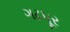
ગઢપૂર